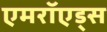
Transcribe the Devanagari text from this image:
एमरॉएड्स